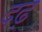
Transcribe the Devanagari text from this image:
दढ़